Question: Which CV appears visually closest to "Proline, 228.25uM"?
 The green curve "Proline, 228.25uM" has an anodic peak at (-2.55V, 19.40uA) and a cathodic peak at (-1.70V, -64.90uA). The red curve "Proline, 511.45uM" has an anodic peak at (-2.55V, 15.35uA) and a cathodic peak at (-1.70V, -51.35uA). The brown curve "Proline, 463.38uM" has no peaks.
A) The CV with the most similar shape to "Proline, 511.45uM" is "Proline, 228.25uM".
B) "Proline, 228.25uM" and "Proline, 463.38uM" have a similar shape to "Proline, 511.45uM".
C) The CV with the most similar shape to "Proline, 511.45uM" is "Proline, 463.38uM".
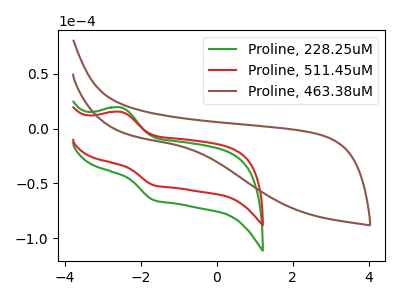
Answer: <think>All the peaks in "Proline, 228.25uM" have a peak in "Proline, 511.45uM" at the same potential. Every peak in "Proline, 228.25uM" is higher than every peak in "Proline, 511.45uM". "Proline, 228.25uM" and "Proline, 463.38uM" have a different number of peaks. "Proline, 511.45uM" and "Proline, 463.38uM" have a different number of peaks.
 </think>
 <answer>A) The CV with the most similar shape to "Proline, 511.45uM" is "Proline, 228.25uM".</answer>
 <eval>A</eval>